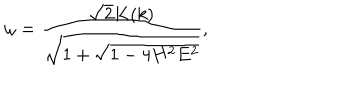
LaTeX: \omega = \frac { \sqrt { 2 } K ( k ) } { \sqrt { 1 + \sqrt { 1 - 4 H ^ { 2 } E ^ { 2 } } } } ,